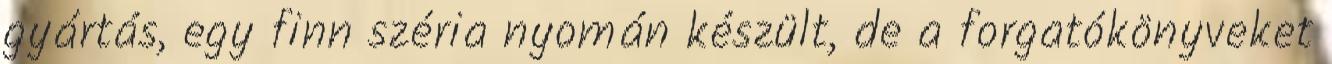
gyártás, egy finn széria nyomán készült, de a forgatókönyveket